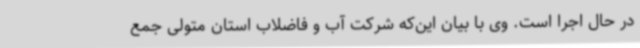
در حال اجرا است. وی با بیان این‌که شرکت آب و فاضلاب استان متولی جمع